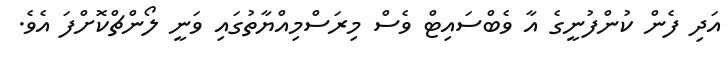
އަދި ފެން ކުންފުނީގެ އާ ވެބްސައިޓް ވެސް މިރަސްމިއްޔާތުގައި ވަނީ ލޯންޗްކޮށްފަ އެވެ.